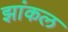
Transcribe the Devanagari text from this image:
झांकल